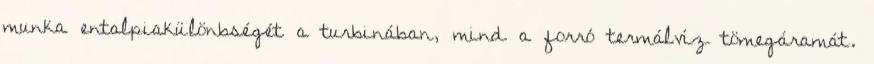
munka entalpiakülönbségét a turbinában, mind a forró termálvíz tömegáramát.